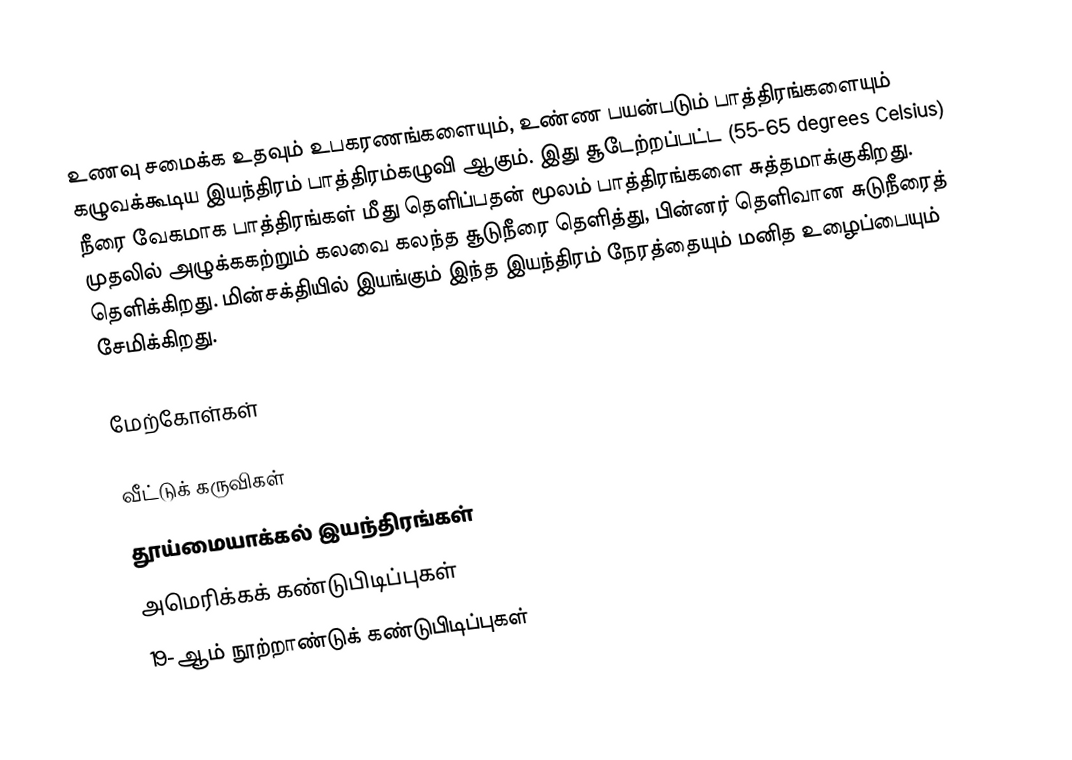
உணவு சமைக்க உதவும் உபகரணங்களையும், உண்ண பயன்படும் பாத்திரங்களையும் கழுவக்கூடிய இயந்திரம் பாத்திரம்கழுவி ஆகும். இது சூடேற்றப்பட்ட (55-65 degrees Celsius) நீரை வேகமாக பாத்திரங்கள் மீது தெளிப்பதன் மூலம் பாத்திரங்களை சுத்தமாக்குகிறது. முதலில் அழுக்ககற்றும் கலவை கலந்த சூடுநீரை தெளித்து, பின்னர் தெளிவான சுடுநீரைத் தெளிக்கிறது. மின்சக்தியில் இயங்கும் இந்த இயந்திரம் நேரத்தையும் மனித உழைப்பையும் சேமிக்கிறது.

மேற்கோள்கள்

வீட்டுக் கருவிகள்
தூய்மையாக்கல் இயந்திரங்கள்
அமெரிக்கக் கண்டுபிடிப்புகள்
19-ஆம் நூற்றாண்டுக் கண்டுபிடிப்புகள்